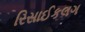
રિસાઈકલગ